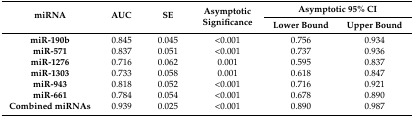
<table><thead><tr><td rowspan="2"><b>miRNA</b></td><td rowspan="2"><b>AUC</b></td><td rowspan="2"><b>SE</b></td><td rowspan="2"><b>Asymptotic Significance</b></td><td colspan="2"><b>Asymptotic 95% CI</b></td></tr><tr><td><b>Lower Bound</b></td><td><b>Upper Bound</b></td></tr></thead><tbody><tr><td><b>miR-190b</b></td><td>0.845</td><td>0.045</td><td>&lt;0.001</td><td>0.756</td><td>0.934</td></tr><tr><td><b>miR-571</b></td><td>0.837</td><td>0.051</td><td>&lt;0.001</td><td>0.737</td><td>0.936</td></tr><tr><td><b>miR-1276</b></td><td>0.716</td><td>0.062</td><td>0.001</td><td>0.595</td><td>0.837</td></tr><tr><td><b>miR-1303</b></td><td>0.733</td><td>0.058</td><td>0.001</td><td>0.618</td><td>0.847</td></tr><tr><td><b>miR-943</b></td><td>0.818</td><td>0.052</td><td>&lt;0.001</td><td>0.716</td><td>0.921</td></tr><tr><td><b>miR-661</b></td><td>0.784</td><td>0.054</td><td>&lt;0.001</td><td>0.678</td><td>0.890</td></tr><tr><td><b>Combined miRNAs</b></td><td>0.939</td><td>0.025</td><td>&lt;0.001</td><td>0.890</td><td>0.987</td></tr></tbody></table>